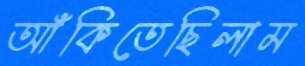
আঁকিতেছিলাম